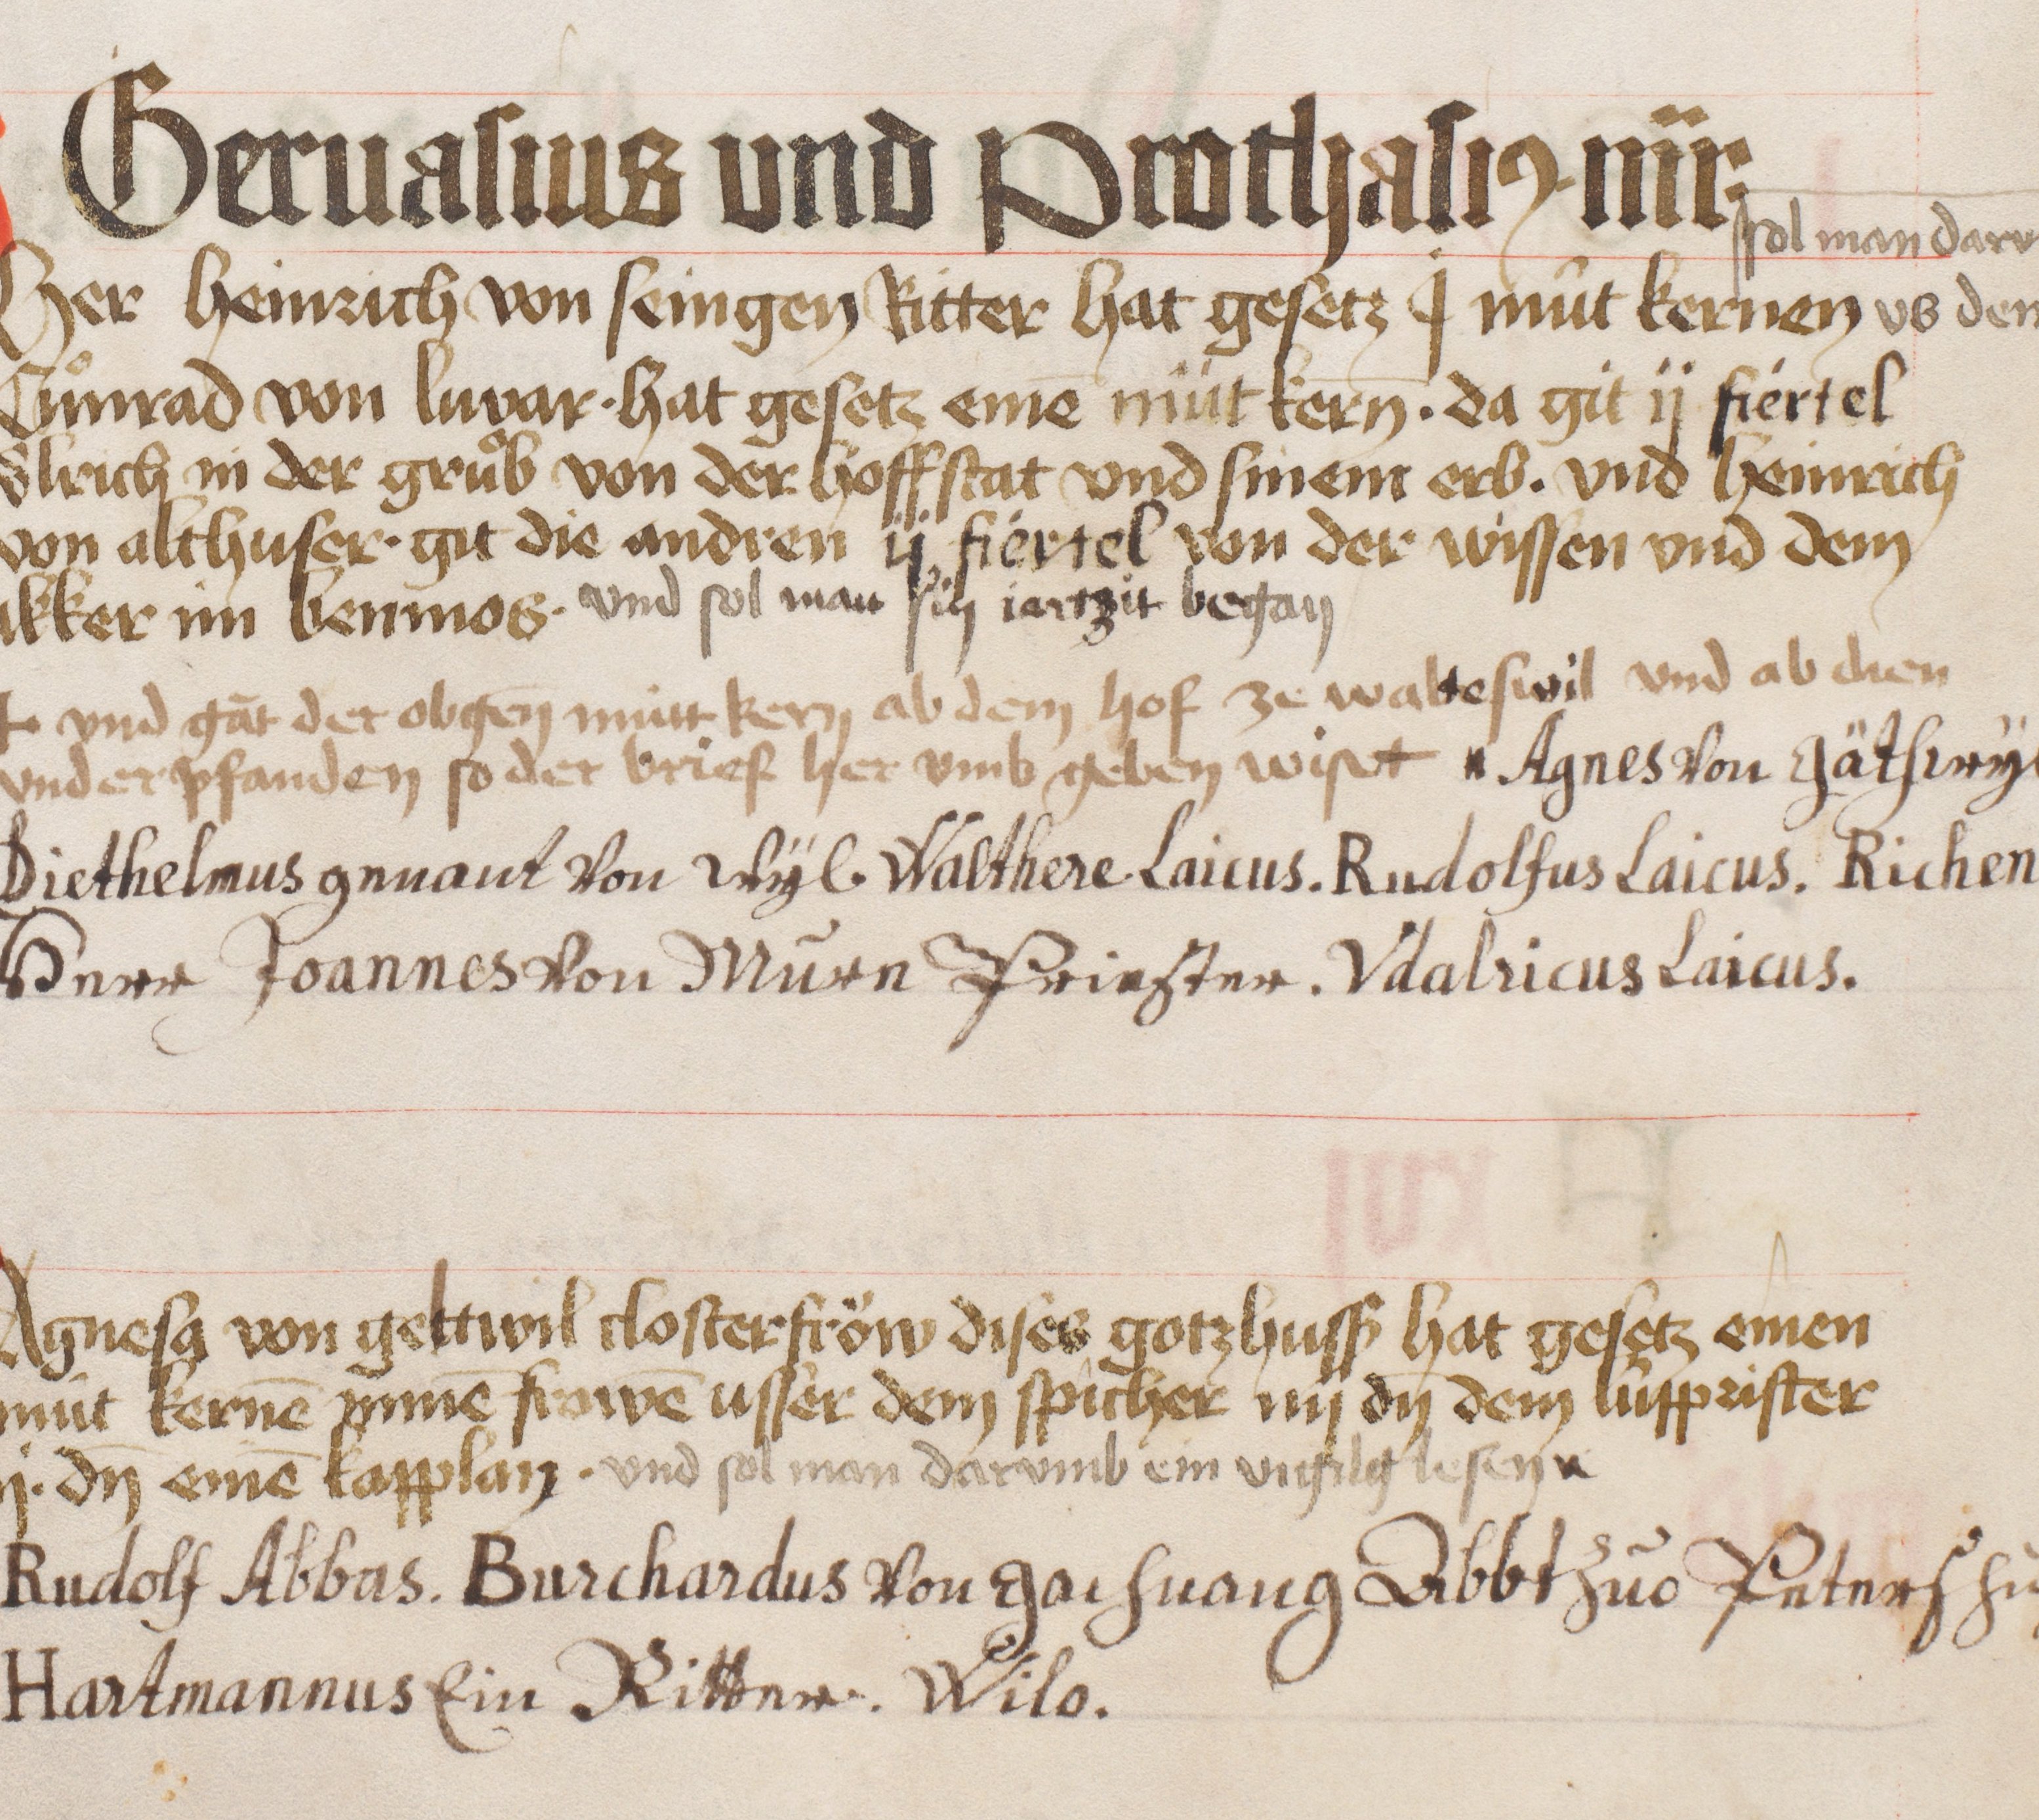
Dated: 1441–1441